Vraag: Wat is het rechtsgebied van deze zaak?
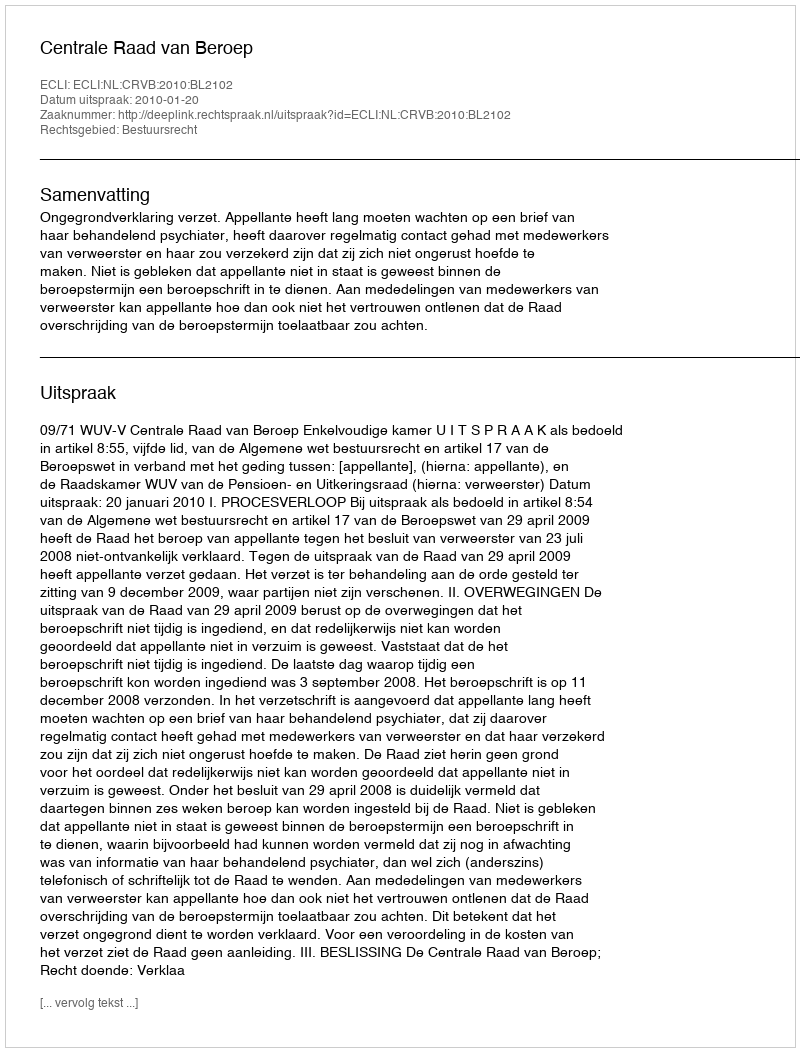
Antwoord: Bestuursrecht